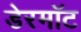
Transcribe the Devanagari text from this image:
डेरमॉट